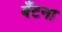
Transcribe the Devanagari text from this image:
बँटना